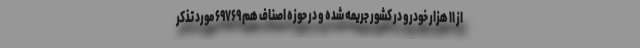
از ۱۱ هزار خودرو در کشور جریمه شده و در حوزه اصناف هم ۶۹۷۶۹ مورد تذکر